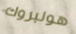
هولبروك